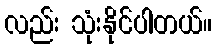
လည်း သုံးနိုင်ပါတယ်။